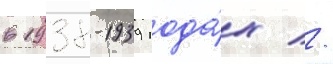
в 1938-1939 года́х //